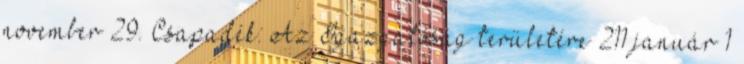
november 29. Csapadék: Az Igazgatóság területére 211 január 1